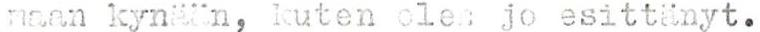
maan kynään, kuten olen jo esittänyt.